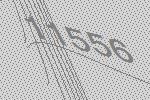
11556